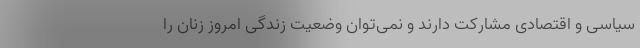
سیاسی و اقتصادی مشارکت دارند و نمی‌توان وضعیت زندگی امروز زنان را